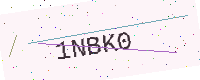
Text: 1NBK0